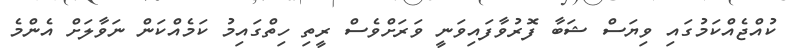
ކުއްޖެއްކަމުގައި ވިޔަސް ޝަބާ ފޮރުވާފައިވަނީ ވަރަށްވެސް ރީތި ހިތްގައިމު ކަމެއްކަން ނަވާލަށް އެންމެ